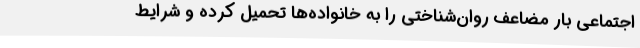
اجتماعی بار مضاعف روان‌شناختی را به خانواده‌ها تحمیل کرده و شرایط